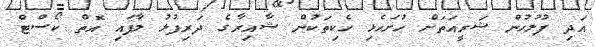
އަދި ފުލުހުން ޝަރީއަތަށް ހުށަހެޅި ހެކިތަކުން ޝާއިރާގެ ދަރިފުޅު ލާފައި އޮތް ކޯސްޓް